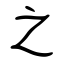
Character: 之